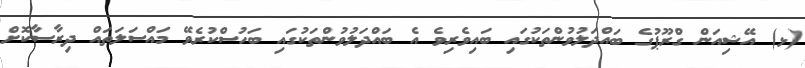
(ޅ) އޭޝިއަން ގްރޫޕުގެ ބައްދަލުވުންތަކުގައި ބައިވެރިވެ އެ ބައްދަލުވުންތަކުގައި ބަހުސްކުރެވޭ މައްސަލަތައް ދިރާސާކޮށް